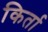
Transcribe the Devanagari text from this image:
किर्ता